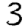
Digit: 3